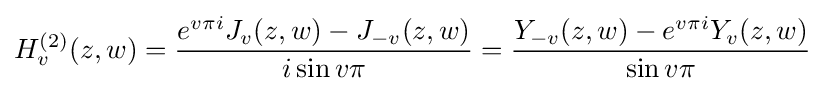
H_{v}^{(2)}(z,w)={\dfrac {e^{v\pi i}J_{v}(z,w)-J_{-v}(z,w)}{i\sin v\pi }}={\dfrac {Y_{-v}(z,w)-e^{v\pi i}Y_{v}(z,w)}{\sin v\pi }}